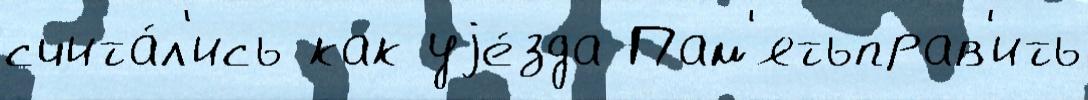
счита́л'ись как уjе́зда Пам'ятьправ'ить